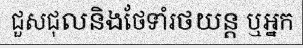
ជួសជុលនិងថែទាំរថយន្ត ឬអ្នក